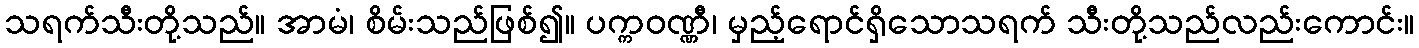
သရက်သီးတို့သည်။ အာမံ၊ စိမ်းသည်ဖြစ်၍။ ပက္ကဝဏ္ဏီ၊ မှည့်ရောင်ရှိသောသရက် သီးတို့သည်လည်းကောင်း။